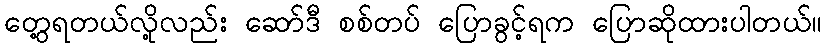
တွေ့ရတယ်လို့လည်း ဆော်ဒီ စစ်တပ် ပြောခွင့်ရက ပြောဆိုထားပါတယ်။